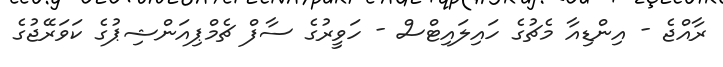
ރާއްޖެ - އިންޑިއާ މެޗުގެ ހައިލައިޓްސް - ހަވީރުގެ ސާފް ޗެމްޕިއަންޝިޕުގެ ކަވަރޭޖުގެ